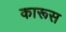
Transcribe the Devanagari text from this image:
कारूस